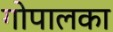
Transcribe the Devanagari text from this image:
गोपालका